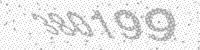
Solution: 380199